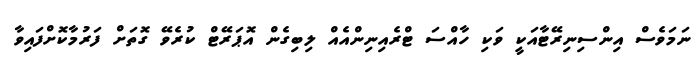
ނަމަވެސް އިންސިނިރޭޓާއަކީ ވަކި ހާއްސަ ޓްރެއިނިންއެއް ލިބިގެން އޮޕަރޭޓް ކުރެވޭ ގޮތަށް ފަރުމާކޮށްފައިވާ